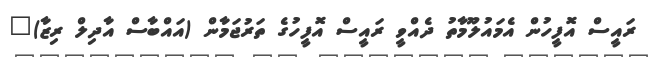
ރައީސް އޮފީހުން އެމައުލޫމާތު ދެއްވީ ރައީސް އޮފީހުގެ ތަރުޖަމާން (އައްބާސް އާދިލް ރިޒާ)"